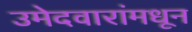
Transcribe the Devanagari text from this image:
उमेदवारांमधून